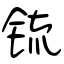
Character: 锍